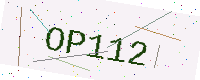
Text: OP112